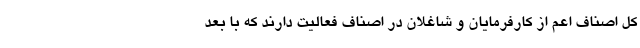
کل اصناف اعم از کارفرمایان و شاغلان در اصناف فعالیت دارند که با بعد